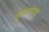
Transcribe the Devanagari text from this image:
मूत्राशयश्